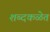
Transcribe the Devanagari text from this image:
शब्दकळेत